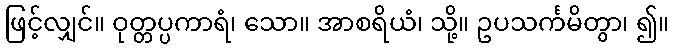
ဖြင့်လျှင်။ ဝုတ္တပ္ပကာရံ၊ သော။ အာစရိယံ၊ သို့။ ဥပသင်္ကမိတွာ၊ ၍။